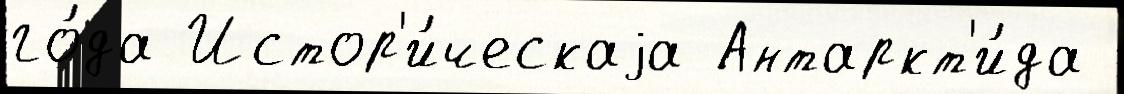
го́да Истор'и́ческаjа Антаркт'и́да